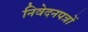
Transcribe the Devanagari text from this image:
निवेदनपत्रों